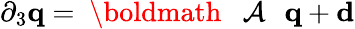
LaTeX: \begin{array}{r}{\partial_{3}{\mathbf q}={{\mathrm{~\boldmath~{~\cal~A~}~}}}\, {\mathbf q}+{\mathbf d}}\end{array}